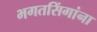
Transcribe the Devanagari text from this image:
भगतसिंगांना